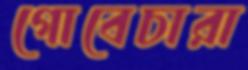
গোবেচারা